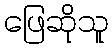
ဖြေဆိုသူ